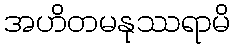
အဟိတမနုဿရာမိ